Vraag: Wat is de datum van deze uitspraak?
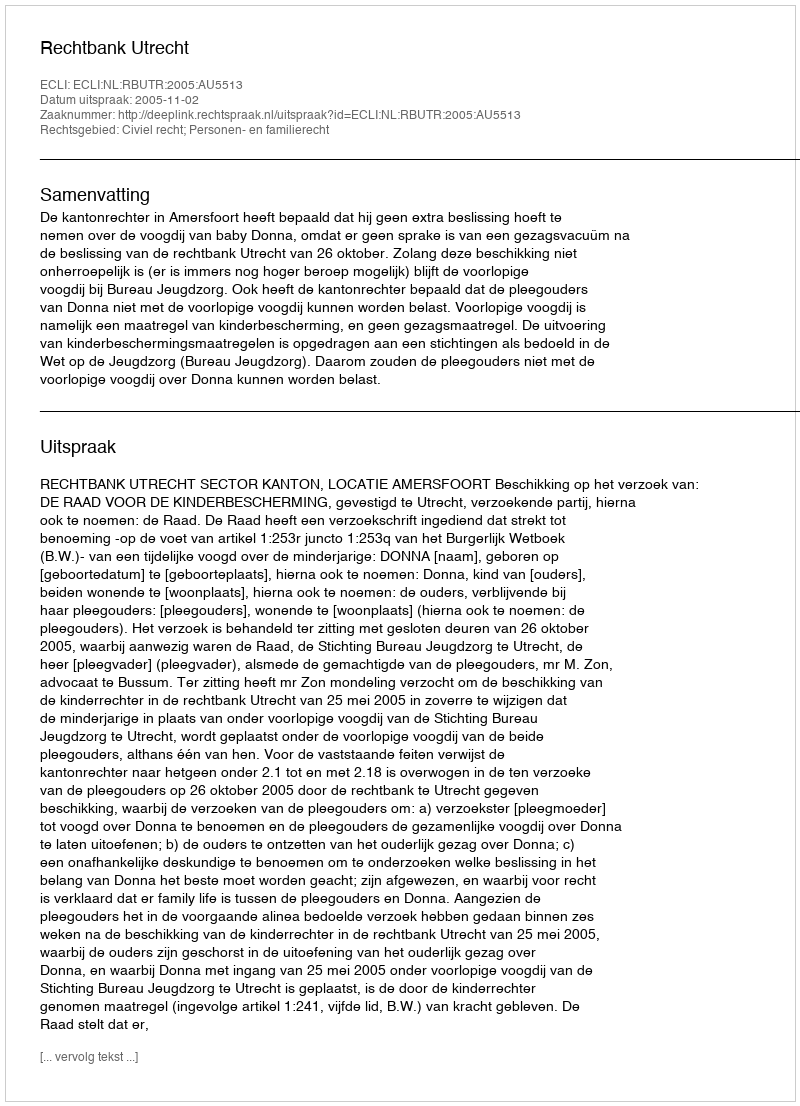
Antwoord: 2005-11-02